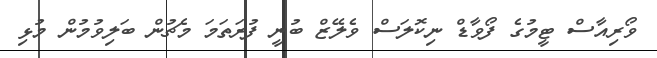
ވޯރިއާސް ޓީމުގެ ފޯވާޑް ނިކޮލަސް ވެލޭޒް ބުނީ ފުރަތަމަ މެޗުން ބަލިވުމުން މުޅި